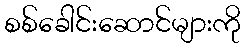
စစ်ခေါင်းဆောင်များကို